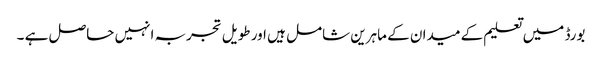
بورڈ میں تعلیم کے میدان کے ماہرین شامل ہیں اور طویل تجربہ انہیں حاصل ہے ۔